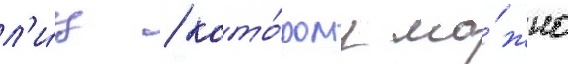
л'и́ц / кото́рому мо́жно